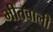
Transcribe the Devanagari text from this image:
भीतवाली